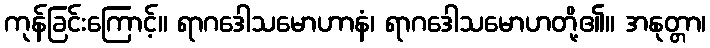
ကုန်ခြင်းကြောင့်။ ရာဂဒေါသမောဟာနံ၊ ရာဂဒေါသမောဟတို့၏။ အနုတ္တာ၊